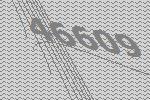
46609